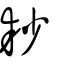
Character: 耖